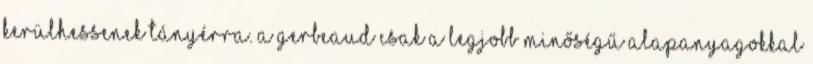
kerülhessenek tányérra. a Gerbeaud csak a legjobb minőségű alapanyagokkal